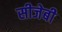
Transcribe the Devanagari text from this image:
सीजेबी